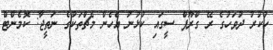
ހުކުރު ދުވަހުގެ ރޭ ގްރޫޕް ސީގައި ކުޅުނު އެހެން މެޗްތަކުގެ ނަތީޖާ: ކޮމެންޓް